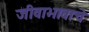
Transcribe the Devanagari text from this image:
जीवाभावाचे